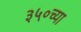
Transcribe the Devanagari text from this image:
३५०च्या